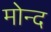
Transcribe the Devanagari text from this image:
मोन्‍द